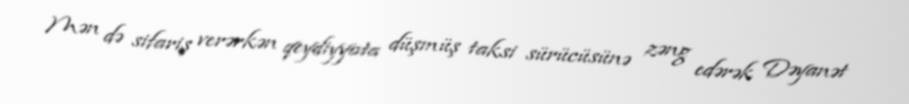
Mən də sifariş verərkən qeydiyyata düşmüş taksi sürücüsünə zəng edərək Dəyanət